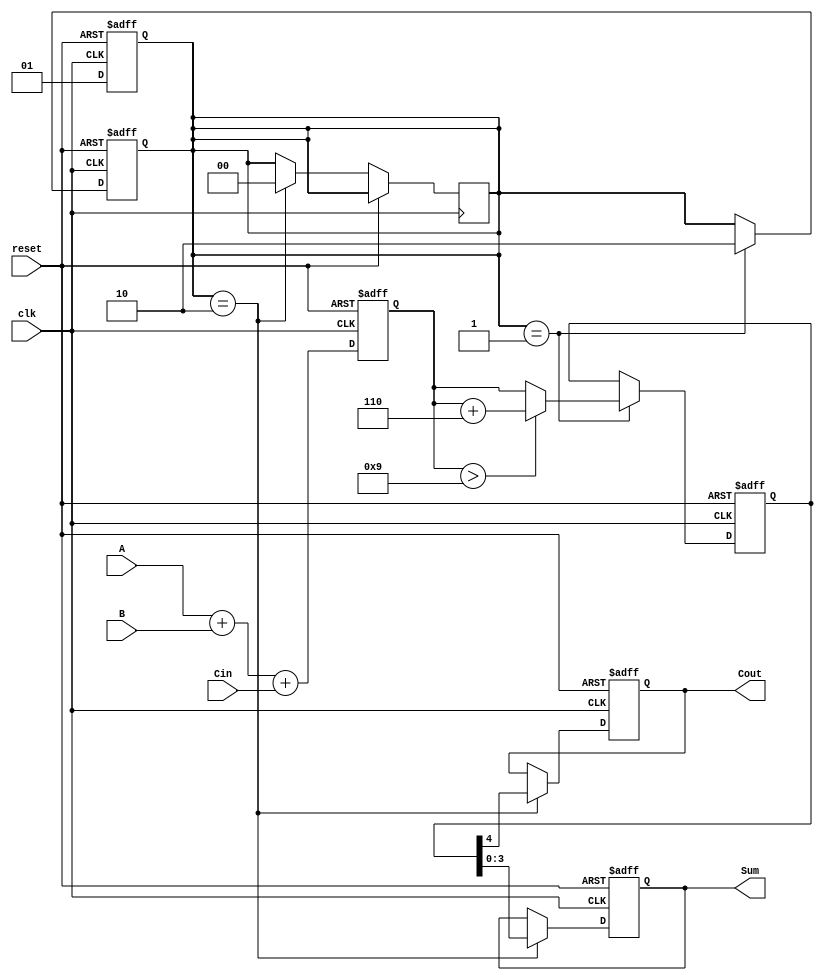
module BCD_Pipelined_Adder (
    input wire [3:0] A,      // BCD input A
    input wire [3:0] B,      // BCD input B
    input wire Cin,          // Carry-in
    input wire clk,          // Clock
    input wire reset,        // Reset
    output reg [3:0] Sum,    // BCD output Sum
    output reg Cout          // Carry-out
);

    // Intermediate signals
    reg [4:0] raw_sum;       // 5-bit to hold the raw sum (A + B + Cin)
    reg [4:0] corrected_sum; // 5-bit to hold the corrected sum
    reg [1:0] stage;         // Stage register for pipelining

    // Stage 1: Raw addition
    always @(posedge clk or posedge reset) begin
        if (reset) begin
            raw_sum <= 5'b0;
            stage <= 2'b00;
        end else begin
            raw_sum <= A + B + Cin;
            stage <= 2'b01; // Move to next stage
        end
    end

    // Stage 2: BCD correction
    always @(posedge clk or posedge reset) begin
        if (reset) begin
            corrected_sum <= 5'b0;
            stage <= 2'b00;
        end else if (stage == 2'b01) begin
            // Check if raw_sum exceeds BCD range
            if (raw_sum > 9) begin
                corrected_sum <= raw_sum + 5'b0110; // Add 6 for BCD correction
            end else begin
                corrected_sum <= raw_sum; // No correction needed
            end
            stage <= 2'b10; // Move to next stage
        end
    end

    // Stage 3: Output stage
    always @(posedge clk or posedge reset) begin
        if (reset) begin
            Sum <= 4'b0;
            Cout <= 1'b0;
        end else if (stage == 2'b10) begin
            Sum <= corrected_sum[3:0]; // Take the lower 4 bits as the BCD sum
            Cout <= corrected_sum[4];  // Carry-out is the 5th bit
            stage <= 2'b00; // Reset stage for new inputs
        end
    end

endmodule